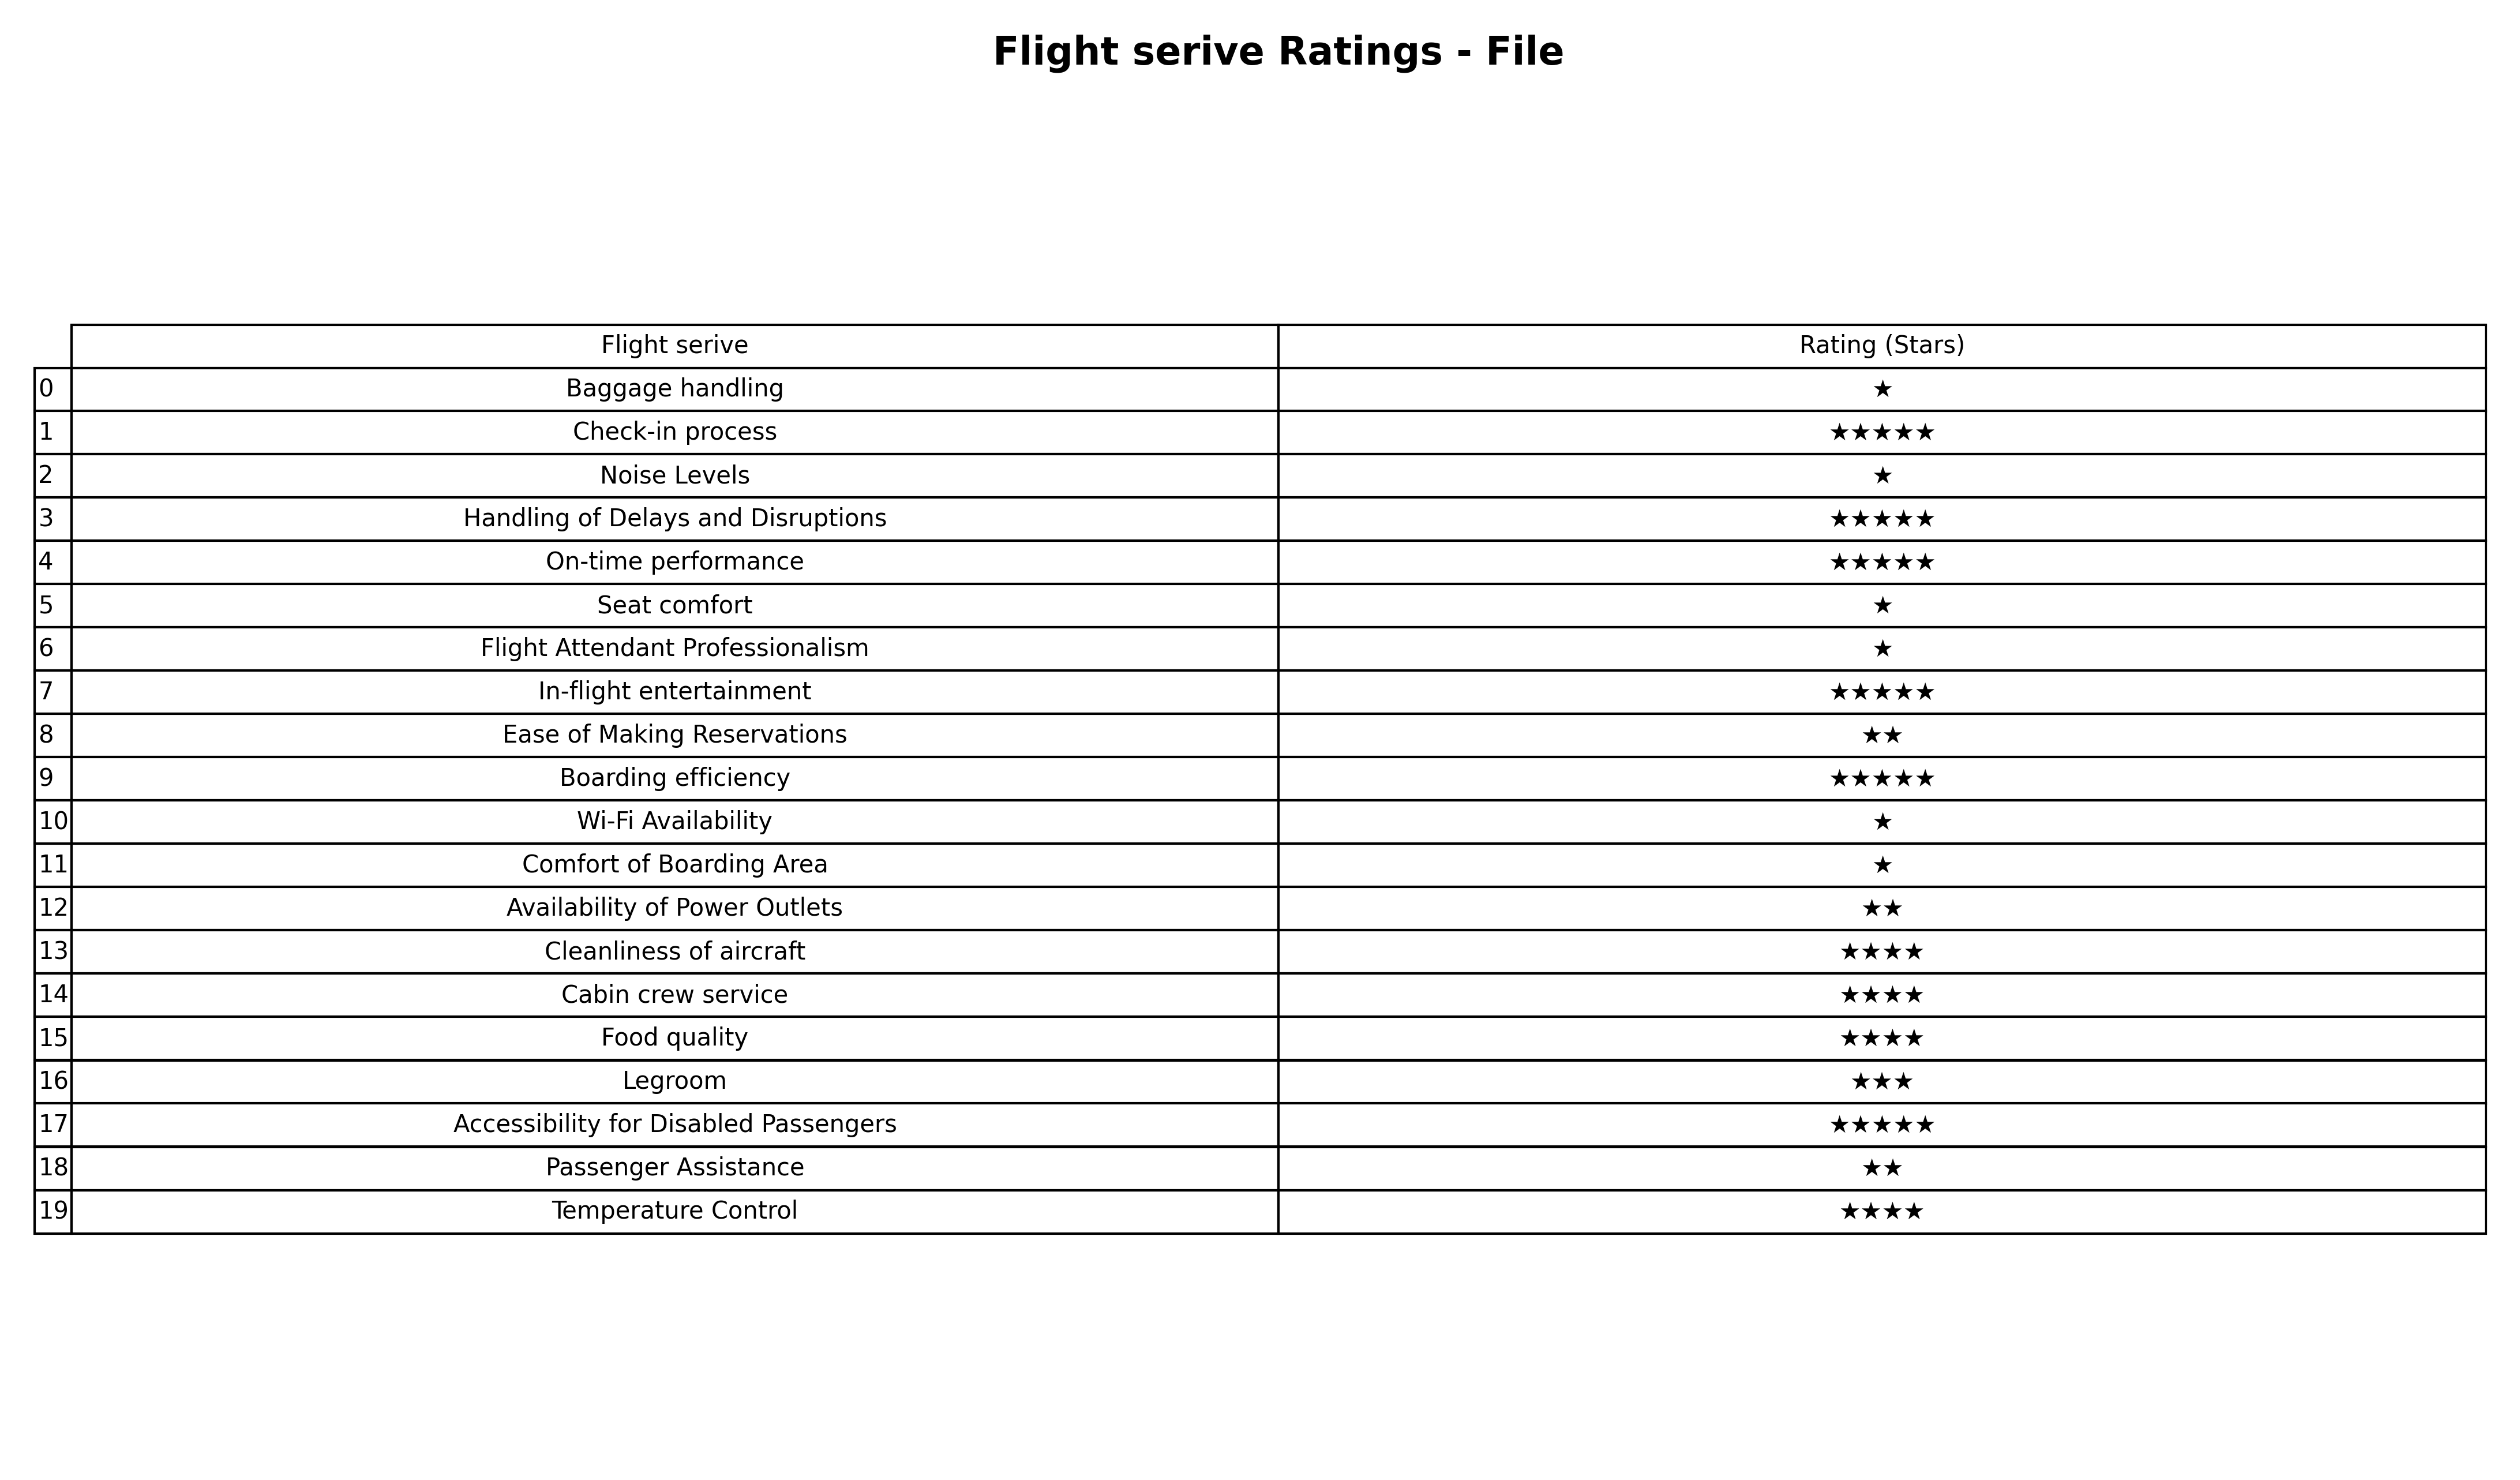
question: What are five star services?
answer: Check-in processHandling of Delays and DisruptionsOn-time performanceIn-flight entertainmentBoarding efficiencyAccessibility for Disabled Passengers